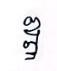
ឌ្ឌ